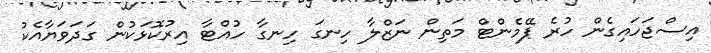
އިސްޖަހައިގެން ހުރެ ޕޭމެންޓް މަތިން ނަޒްލާ ހިނގަ ހިނގާ ހުއްޓާ އިރުކޮޅަކުން ގަދަވަޔާއެކު